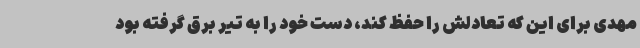
مهدی برای این که تعادلش را حفظ کند، دست خود را به تیر برق گرفته بود